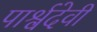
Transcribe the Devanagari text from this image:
पार्श्वदेवी